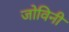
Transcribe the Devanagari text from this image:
जोविनी